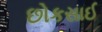
છોકસાઈ